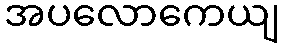
အပလောကေယျ